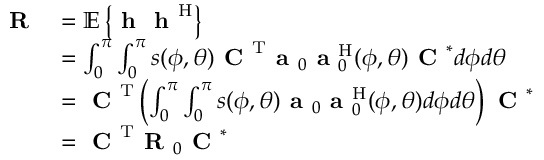
\begin{array} { r l } { \textbf { R } } & { = \mathbb { E } \left\{ \textbf { h } \textbf { h } ^ { \mathrm { H } } \right\} } \\ & { = \int _ { 0 } ^ { \pi } \int _ { 0 } ^ { \pi } s ( \phi , \theta ) \textbf { C } ^ { \mathrm { T } } \textbf { a } _ { 0 } \textbf { a } _ { 0 } ^ { \mathrm { H } } ( \phi , \theta ) \textbf { C } ^ { * } d \phi d \theta } \\ & { = \textbf { C } ^ { \mathrm { T } } \left( \int _ { 0 } ^ { \pi } \int _ { 0 } ^ { \pi } s ( \phi , \theta ) \textbf { a } _ { 0 } \textbf { a } _ { 0 } ^ { \mathrm { H } } ( \phi , \theta ) d \phi d \theta \right) \textbf { C } ^ { * } } \\ & { = \textbf { C } ^ { \mathrm { T } } \textbf { R } _ { 0 } \textbf { C } ^ { * } } \end{array}